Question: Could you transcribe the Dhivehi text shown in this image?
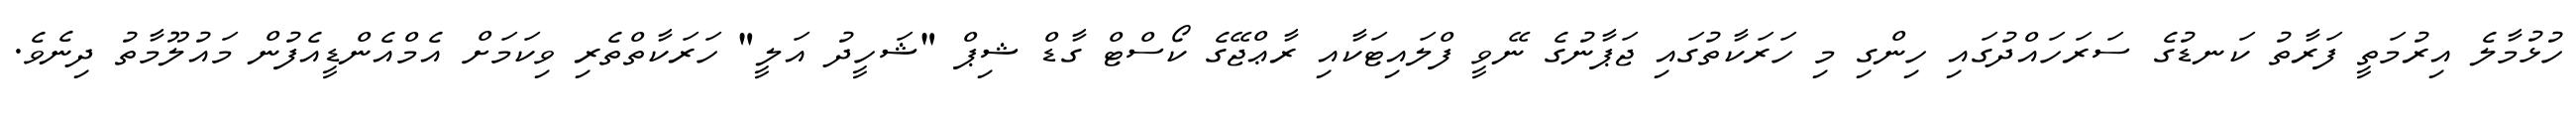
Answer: ހުޅުމާލެ އިރުމަތީ ފަރާތު ކަނޑުގެ ސަރަހައްދުގައި ހިންގި މި ހަރަކާތުގައި ޖަޕާނުގެ ނޭވީ ފްލައިޓަކާއި ރާޢްޖޭގެ ކޯސްޓް ގާޑް ޝިޕް "ޝަހީދު އަލީ" ހަރަކާތްތެރި ވިކަމަށް އެމްއެންޑީއެފުން މައުލޫމާތު ދިނެވެ.